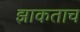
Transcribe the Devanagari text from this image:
झाकताच